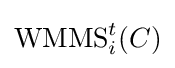
\operatorname {WMMS} _{i}^{t}(C)